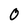
Character: 0